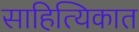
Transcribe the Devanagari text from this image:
साहित्यिकात